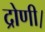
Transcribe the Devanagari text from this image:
द्रोणी।